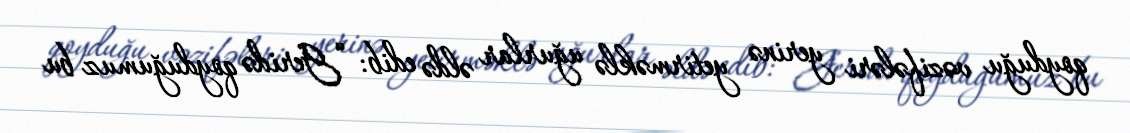
qoyduğu vəzifələri yerinə yetirməklə uğurlar əldə edib: “Geridə qoyduğumuz bu